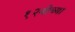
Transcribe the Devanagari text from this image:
१२वीच्या